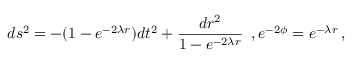
d s ^ { 2 } = - ( 1 - e ^ { - 2 \lambda r } ) d t ^ { 2 } + \frac { d r ^ { 2 } } { 1 - e ^ { - 2 \lambda r } } \, \, \, , e ^ { - 2 \phi } = e ^ { - \lambda r } \, ,